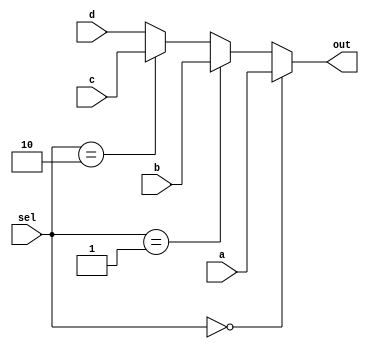
module mux4x1_12b (

	input [11:0] a,
	input [11:0] b,
	input [11:0] c,
	input [11:0] d,
	input [1:0] sel,
	output [11:0] out
);

assign out = (sel == 2'b00) ? a
					: (sel == 2'b01) ? b
					: (sel == 2'b10) ? c : d;

endmodule